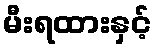
မီးရထားနှင့်